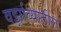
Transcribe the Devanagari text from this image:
वर्झाव्यातील